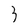
Character: 3